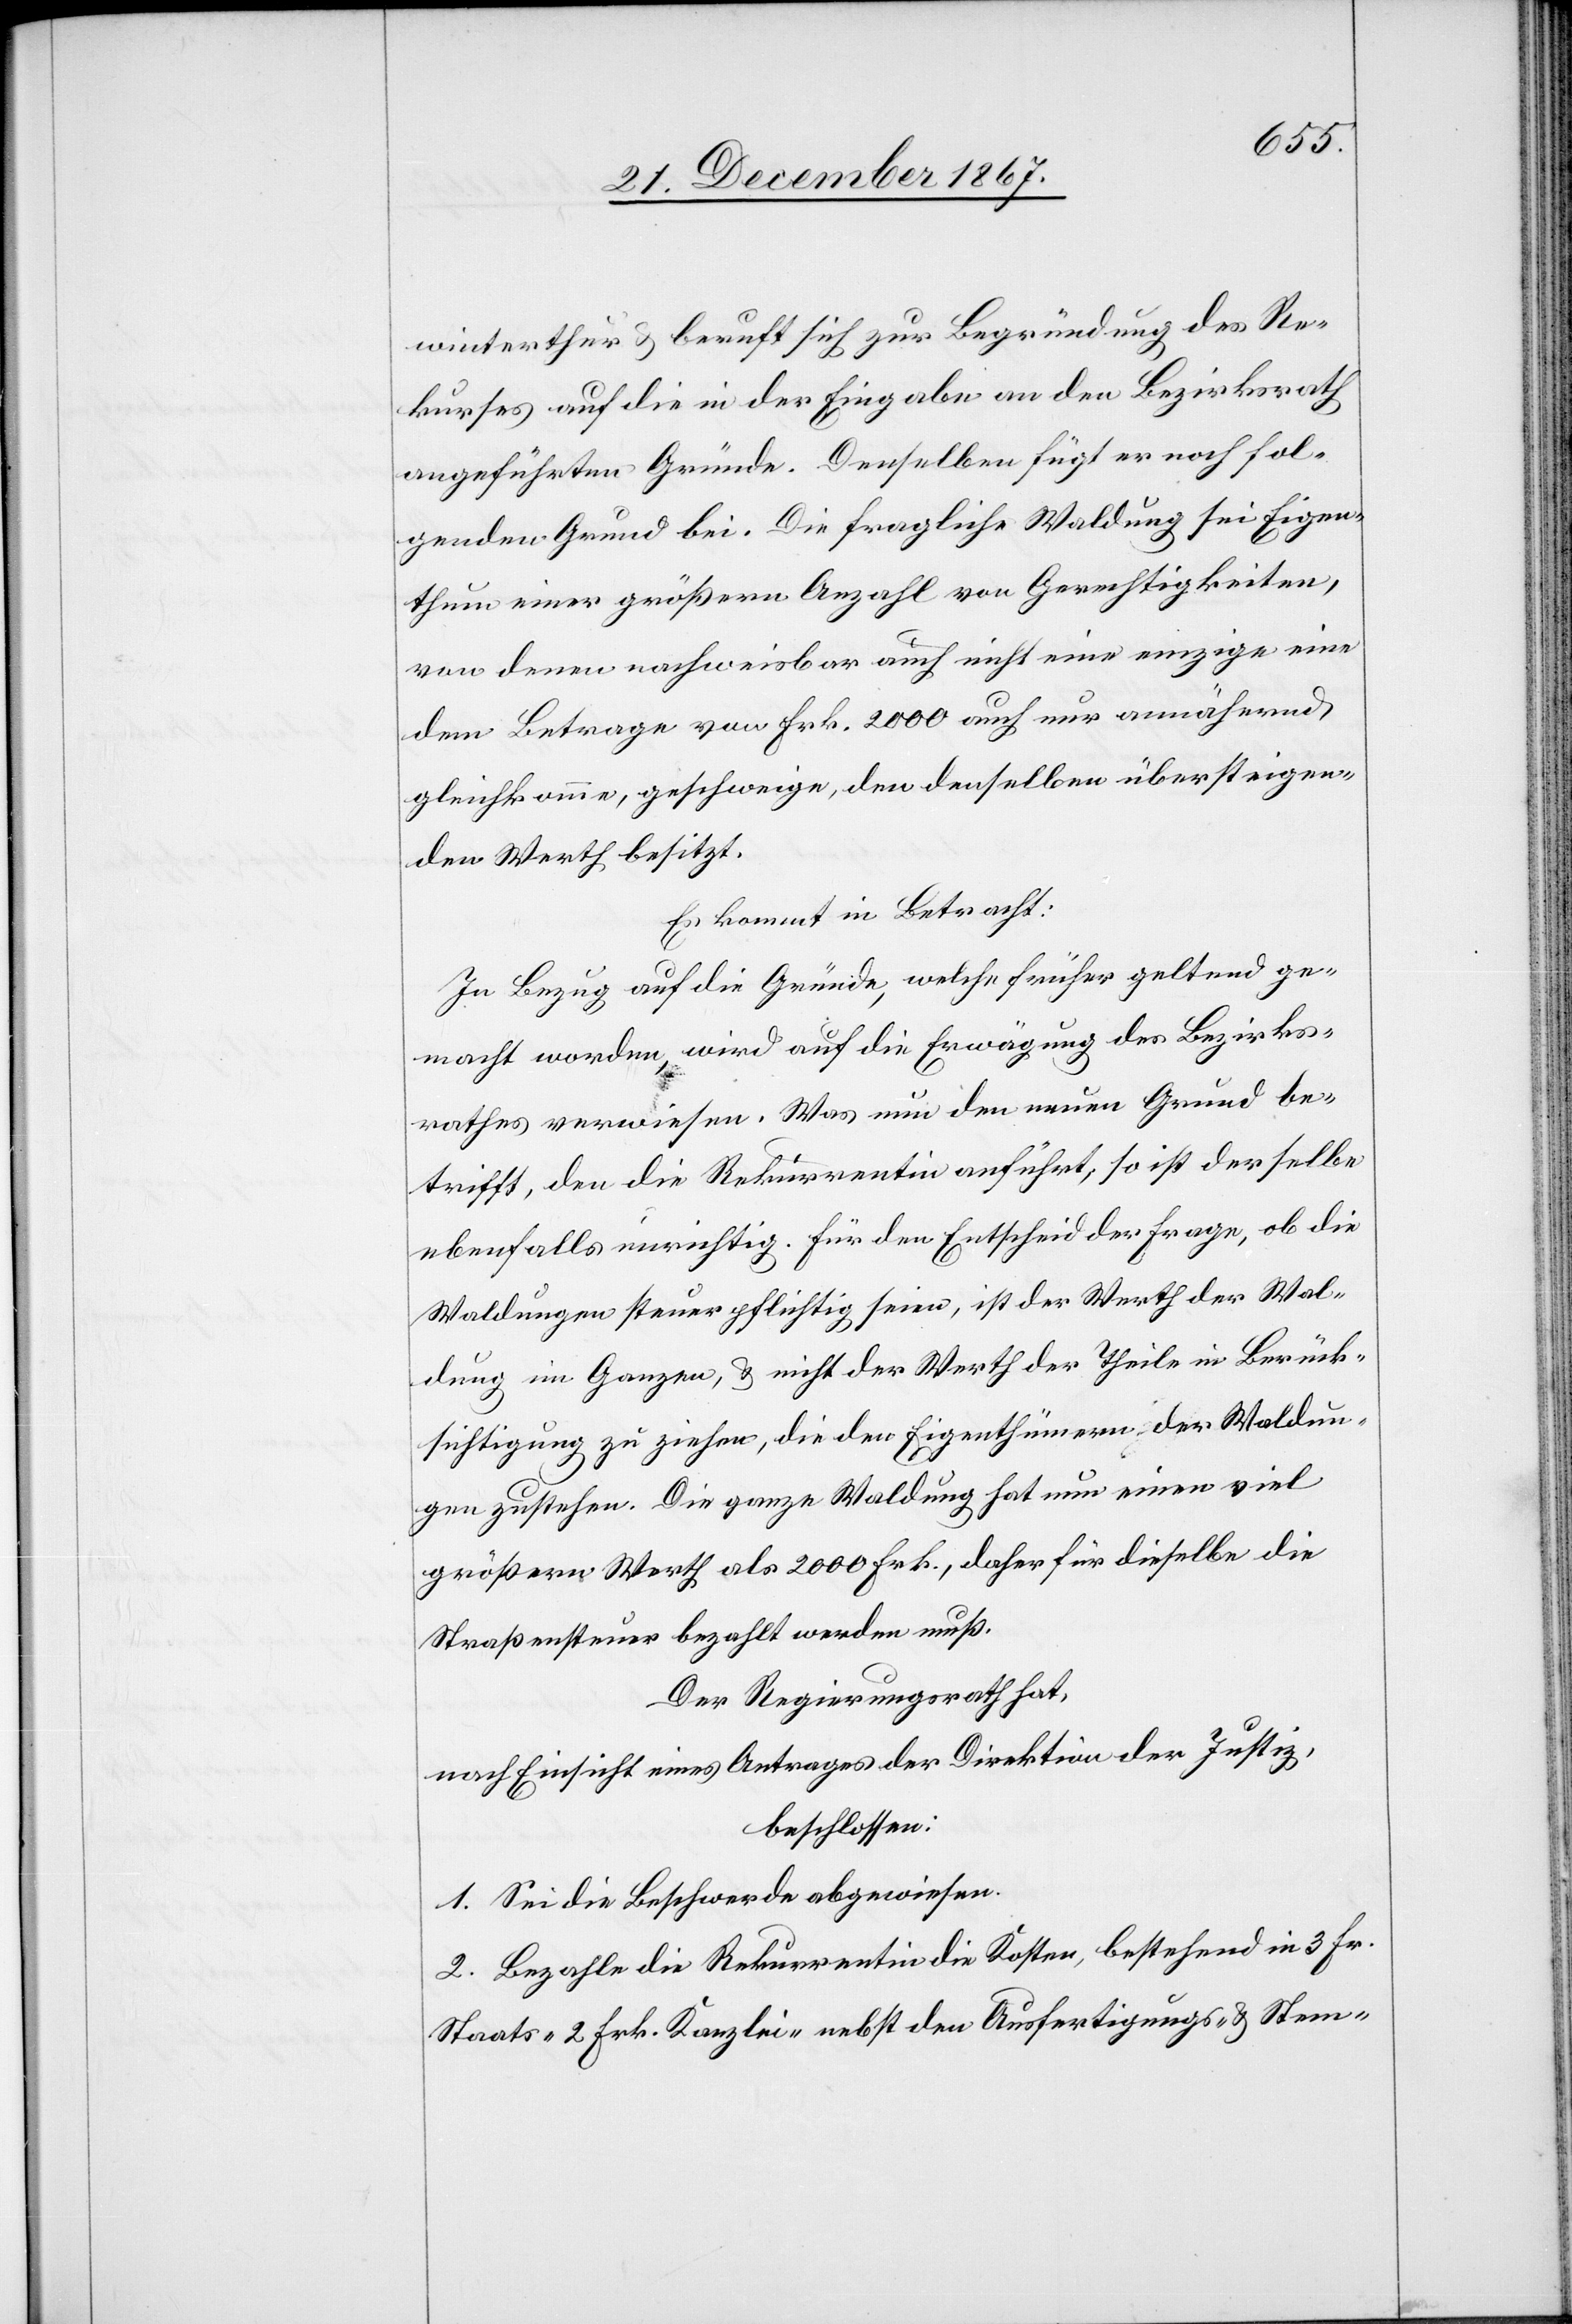
winterthur u. beruft sich zur Begründung des Re¬
kurses auf die in der Eingabe an den Bezirksrath
angeführten Gründe. Denselben fügt er noch fol¬
genden Grund bei. Die fragliche Waldung sei Eigen¬
thum einer größern Anzahl von Gerechtigkeiten,
von denen nachweisbar auch nicht eine einzige eine
dem Betrag von Frk. 2000 auch nur annähernd
gleichkomme, geschweige, den denselben übersteigen¬
den Werth besitzt.
Es kommt in Betracht:
In Bezug auf die Gründe, welche früher geltend ge¬
macht worden, wird auf die Erwägung des Bezirks¬
rathe verwiesen. Was nun den neuen Grund be¬
trifft, den die Rekurrentin anführt, so ist derselbe
ebenfalls unrichtig. Für den Entscheid der Frage, ob die
Waldungen steuerpflichtig seien, ist der Werth der Wal¬
dung im Ganzen, u. nicht der Werth der Theile in Berück¬
sichtigung zu ziehen, die den Eigenthümern der Waldun¬
gen zustehen. Die ganze Waldung hat nun einen viel
größeren Werth als 2000 Frk., daher für dieselbe die
Straßensteuer bezahlt werden muß.
Der Regierungsrath hat,
nach Einsicht eines Antrages der Direktion der Justiz,
beschlossen:
1. Sei die Beschwerde abgewiesen.
2. Bezahle die Rekurrentin die Kosten, bestehend in 3 Fr.
Staats-[,] 2 Frk. Kanzlei- nebst den Ausfertigungs- u. Stem-